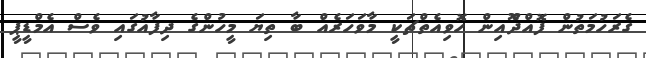
ގެރަހުމަތުން ފޮއްދޫެއިން ހޮވިއެތްޗަކީ މާވަހަރެއް ބާ ތިޔަ މީހުންގެ ދިފާއުގައި ވެސް އެމްޑީޕީ